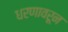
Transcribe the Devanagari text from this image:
धरणावरून